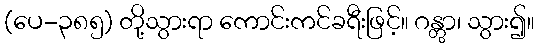
(ပေ-၃၈၅) တို့သွားရာ ကောင်းကင်ခရီးဖြင့်။ ဂန္တွာ၊ သွား၍။